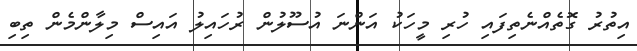
އިތުރު ގޮތެއްނެތިފައި ހުރި މީހަކު އަންނަ އުސޫލުން ރުހައިލު އައިސް މިލާންމެން ތިބި